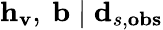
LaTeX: \mathbf{h}_{\mathbf{v}},\ \mathbf{b}\mid\mathbf{d}_{s,\mathbf{obs}}